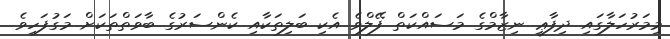
މިމަރުހަލާގައި ދިފާޢީ ނިޒާމްގެ މަސައްކަތް ފޭލްވެ އެކި ބަލިތަކާއި ކެންސަރުގެ ބާވަތްތަކަށް މަގުފަހިވެ